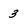
Character: 3